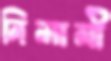
নিলামী